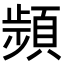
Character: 𩓯